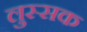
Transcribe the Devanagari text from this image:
लुस्सक